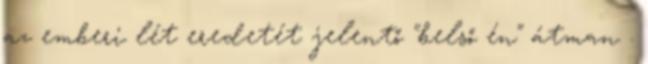
az emberi lét eredetét jelentő "belső én" átman .